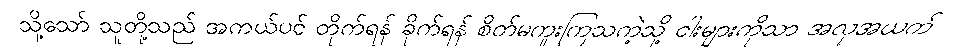
သို့သော် သူတို့သည် အကယ်ပင် တိုက်ရန် ခိုက်ရန် စိတ်မကူးကြသကဲ့သို့ ငါးများကိုသာ အလုအယက်